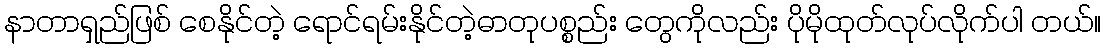
နာတာရှည်ဖြစ် စေနိုင်တဲ့ ရောင်ရမ်းနိုင်တဲ့ဓာတုပစ္စည်း တွေကိုလည်း ပိုမိုထုတ်လုပ်လိုက်ပါ တယ်။